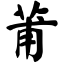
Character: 莆